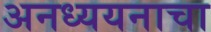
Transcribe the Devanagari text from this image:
अनध्ययनाचा